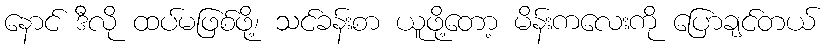
နောင် ဒီလို ထပ်မဖြစ်ဖို့၊ သင်ခန်းစာ ယူဖို့တော့ မိန်းကလေးကို ပြောချင်တယ်